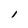
Character: l